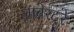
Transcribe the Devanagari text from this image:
लाबेरदूरे